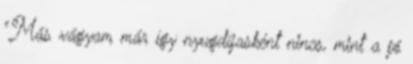
"Más vágyam már így nyugdíjasként nincs, mint a jó